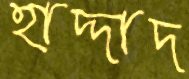
হাদ্দাদ